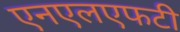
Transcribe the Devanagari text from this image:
एनएलएफटी